Insane asylums in Bengal annual reports 1867-1875 - 1867-1875
Year: 1867
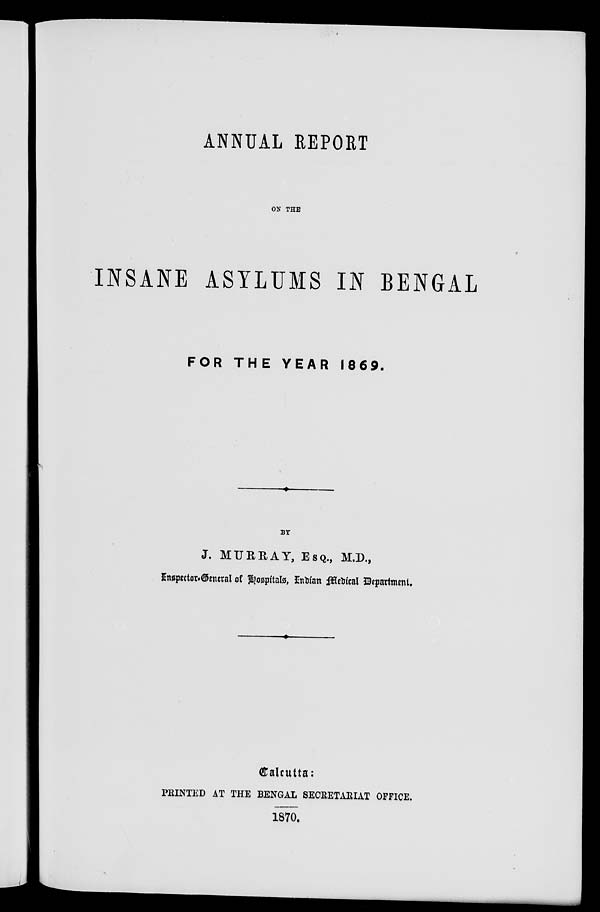
ANNUAL REPORT
ON THE
INSANE ASYLUMS IN BENGAL
FOR THE YEAR 1869.
BY
J. MURRAY, ESQ., M.D.,
Inspector-General of Hospitals, Indian Medical Department.
Calcutta:
PRINTED AT THE BENGAL SECRETARIAT OFFICE.
1870.